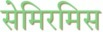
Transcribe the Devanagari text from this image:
सेमिरमिस